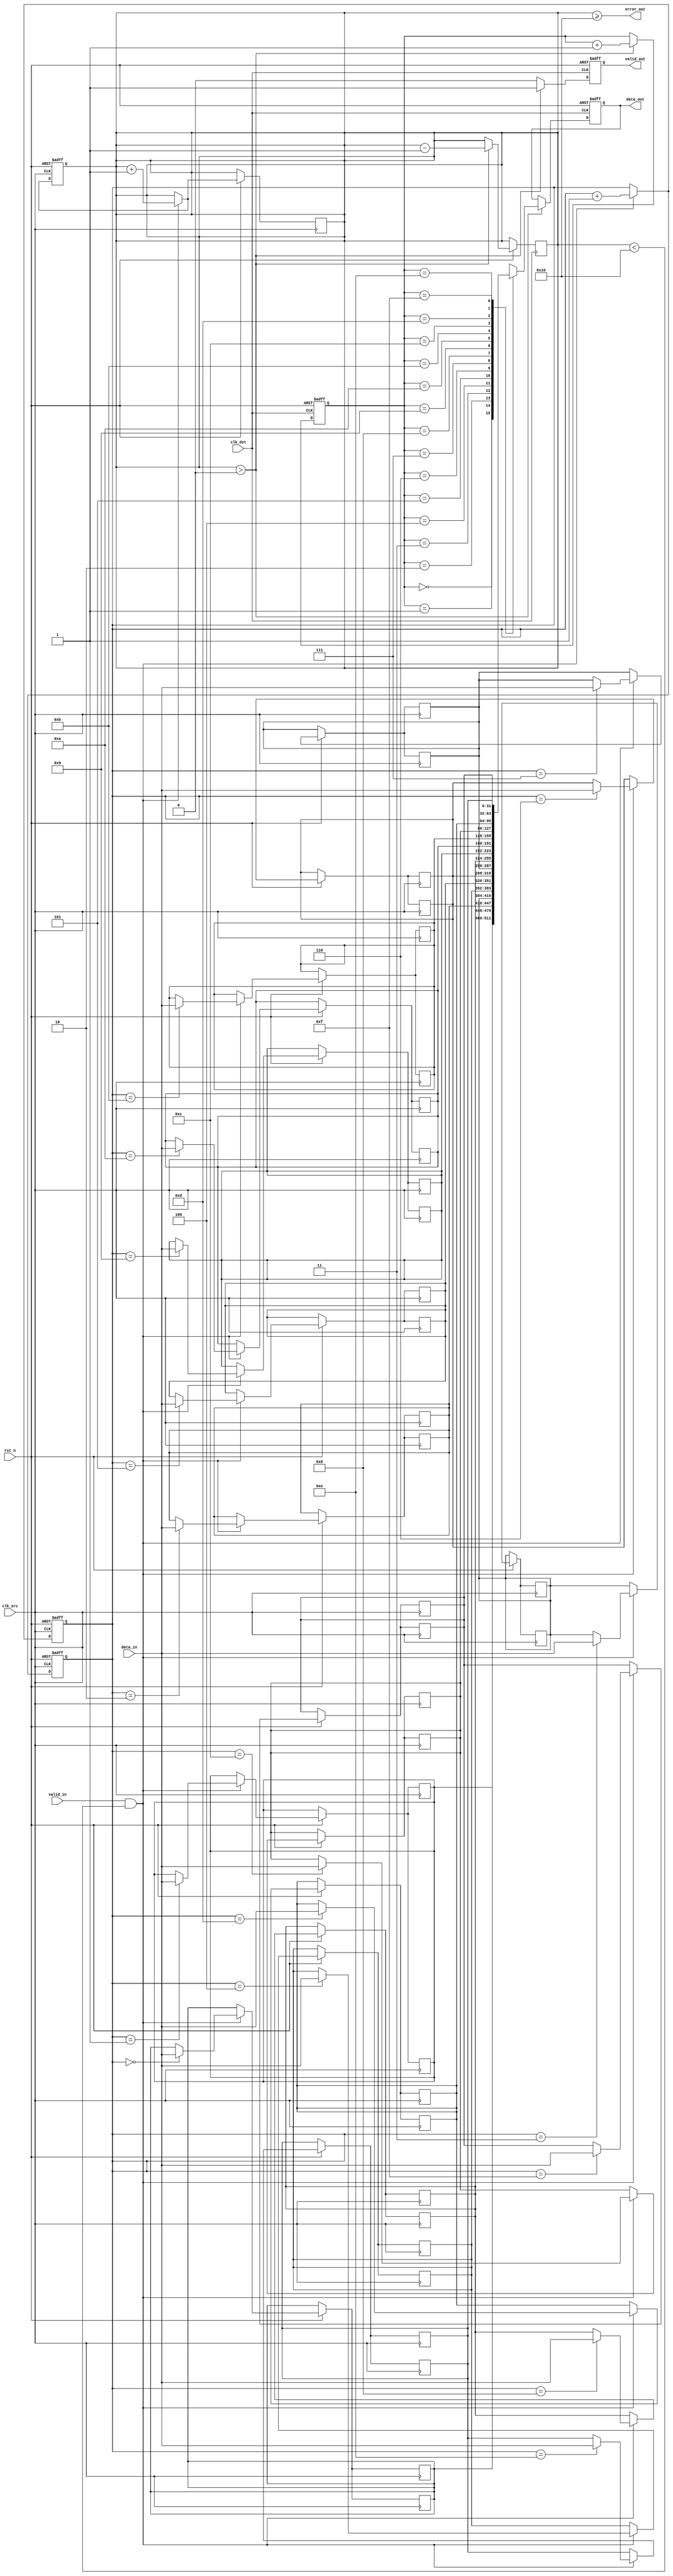
module burst_mode_synchronizer #(
    parameter DATA_WIDTH = 32,
    parameter FIFO_DEPTH = 16,
    parameter ADDR_WIDTH = $clog2(FIFO_DEPTH)
) (
    input wire clk_src,               // Source clock
    input wire clk_dst,               // Destination clock
    input wire rst_n,                 // Active low asynchronous reset
    input wire [DATA_WIDTH-1:0] data_in, // Data input from the source clock domain
    input wire valid_in,              // Valid signal for input data
    output wire [DATA_WIDTH-1:0] data_out, // Synchronized data output to the destination clock domain
    output wire valid_out,            // Valid signal for output data
    output wire error_out             // Error detection signal
);

    // FIFO buffer declaration
    reg [DATA_WIDTH-1:0] fifo [0:FIFO_DEPTH-1];
    reg [ADDR_WIDTH-1:0] write_ptr;
    reg [ADDR_WIDTH-1:0] read_ptr;
    reg [ADDR_WIDTH:0] fifo_count; // to track the number of items in FIFO
    reg data_valid;

    // Sync signals for the destination clock domain
    reg [DATA_WIDTH-1:0] sync_data;
    reg sync_valid;

    // Asynchronous reset logic
    always @(negedge rst_n or posedge clk_src) begin
        if (!rst_n) begin
            write_ptr <= 0;
            fifo_count <= 0;
            data_valid <= 0;
        end
        else if (valid_in && fifo_count < FIFO_DEPTH) begin // Only write if FIFO is not full
            fifo[write_ptr] <= data_in;
            write_ptr <= write_ptr + 1;
            fifo_count <= fifo_count + 1;
        end
    end

    // Write pointer and FIFO management
    always @(posedge clk_src or negedge rst_n) begin
        if (!rst_n) begin
            write_ptr <= 0;
        end else if (valid_in && fifo_count < FIFO_DEPTH) begin
            fifo[write_ptr] <= data_in;
            write_ptr <= write_ptr + 1;
            fifo_count <= fifo_count + 1;
        end
    end

    // Reading from the FIFO in the destination clock domain
    always @(posedge clk_dst or negedge rst_n) begin
        if (!rst_n) begin
            read_ptr <= 0;
            data_valid <= 0;
            sync_data <= 0;
            sync_valid <= 0;
        end else if (fifo_count > 0) begin
            sync_data <= fifo[read_ptr];
            read_ptr <= read_ptr + 1;
            fifo_count <= fifo_count - 1;
            sync_valid <= 1; // Signal that valid data is available
        end else begin
            sync_valid <= 0; // No valid data
        end
    end

    // Assign output signals
    assign data_out = sync_data;
    assign valid_out = sync_valid;
    assign error_out = (fifo_count >= FIFO_DEPTH); // Simple overflow indication

endmodule